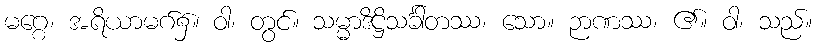
မဂ္ဂေ၊ အရိယာမဂ်၌။ ဝါ၊ တွင်။ သမ္မာဒိဋ္ဌိသင်္ခါတဿ၊ သော။ ဉာဏဿ၊ ၏။ ဝါ၊ သည်။